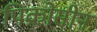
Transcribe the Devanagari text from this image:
पिक्रोसीन